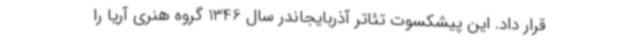
قرار داد. این پیشکسوت تئاتر آذربایجاندر سال 1346 گروه هنری آریا را